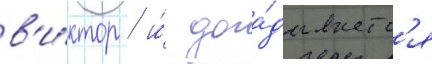
в'и́ктор / и́ дога́дываетс'я